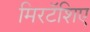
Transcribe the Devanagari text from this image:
मिरटॅशिए